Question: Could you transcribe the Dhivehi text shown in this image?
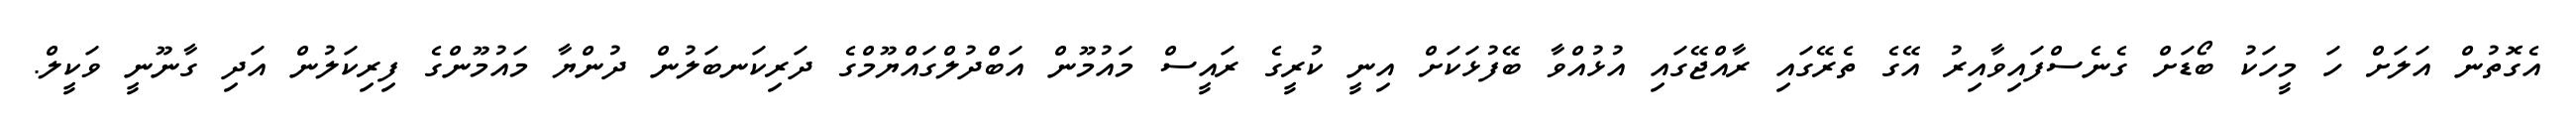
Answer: އެގޮތުން އަލަށް ހަ މީހަކު ބޯޑަށް ގެނެސްފައިވާއިރު އޭގެ ތެރޭގައި ރާއްޖޭގައި އުޅުއްވާ ބޭފުޅަކަށް އިނީ ކުރީގެ ރައީސް މައުމޫން އަބްދުލްގައްޔޫމްގެ ދަރިކަނބަލުން ދުންޔާ މައުމޫންގެ ފިރިކަލުން އަދި ގާނޫނީ ވަކީލް.